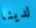
لدينا